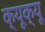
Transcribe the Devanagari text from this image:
क्यूक्यू